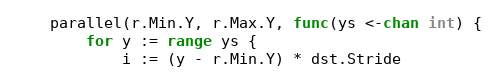
Language: Go
	parallel(r.Min.Y, r.Max.Y, func(ys <-chan int) {
		for y := range ys {
			i := (y - r.Min.Y) * dst.Stride